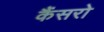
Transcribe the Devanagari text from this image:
कैंसरो